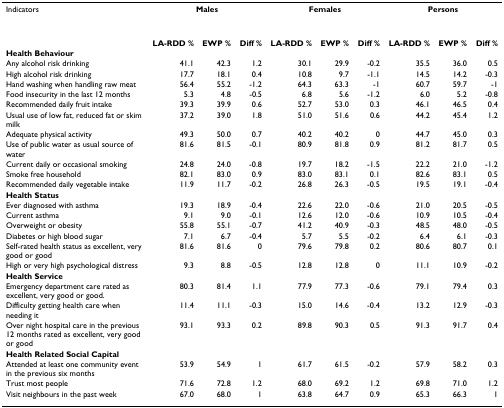
<table><thead><tr><td><b>Indicators</b></td><td colspan="3"><b>Males</b></td><td colspan="3"><b>Females</b></td><td colspan="3"><b>Persons</b></td></tr></thead><tbody><tr><td></td><td><b>LA-RDD %</b></td><td><b>EWP %</b></td><td><b>Diff %</b></td><td><b>LA-RDD %</b></td><td><b>EWP %</b></td><td><b>Diff %</b></td><td><b>LA-RDD %</b></td><td><b>EWP %</b></td><td><b>Diff %</b></td></tr><tr><td colspan="10"><b>Health Behaviour</b></td></tr><tr><td>Any alcohol risk drinking</td><td>41.1</td><td>42.3</td><td>1.2</td><td>30.1</td><td>29.9</td><td>-0.2</td><td>35.5</td><td>36.0</td><td>0.5</td></tr><tr><td>High alcohol risk drinking</td><td>17.7</td><td>18.1</td><td>0.4</td><td>10.8</td><td>9.7</td><td>-1.1</td><td>14.5</td><td>14.2</td><td>-0.3</td></tr><tr><td>Hand washing when handling raw meat</td><td>56.4</td><td>55.2</td><td>-1.2</td><td>64.3</td><td>63.3</td><td>-1</td><td>60.7</td><td>59.7</td><td>-1</td></tr><tr><td>Food insecurity in the last 12 months</td><td>5.3</td><td>4.8</td><td>-0.5</td><td>6.8</td><td>5.6</td><td>-1.2</td><td>6.0</td><td>5.2</td><td>-0.8</td></tr><tr><td>Recommended daily fruit intake</td><td>39.3</td><td>39.9</td><td>0.6</td><td>52.7</td><td>53.0</td><td>0.3</td><td>46.1</td><td>46.5</td><td>0.4</td></tr><tr><td>Usual use of low fat, reduced fat or skim milk</td><td>37.2</td><td>39.0</td><td>1.8</td><td>51.0</td><td>51.6</td><td>0.6</td><td>44.2</td><td>45.4</td><td>1.2</td></tr><tr><td>Adequate physical activity</td><td>49.3</td><td>50.0</td><td>0.7</td><td>40.2</td><td>40.2</td><td>0</td><td>44.7</td><td>45.0</td><td>0.3</td></tr><tr><td>Use of public water as usual source of water</td><td>81.6</td><td>81.5</td><td>-0.1</td><td>80.9</td><td>81.8</td><td>0.9</td><td>81.2</td><td>81.7</td><td>0.5</td></tr><tr><td>Current daily or occasional smoking</td><td>24.8</td><td>24.0</td><td>-0.8</td><td>19.7</td><td>18.2</td><td>-1.5</td><td>22.2</td><td>21.0</td><td>-1.2</td></tr><tr><td>Smoke free household</td><td>82.1</td><td>83.0</td><td>0.9</td><td>83.0</td><td>83.1</td><td>0.1</td><td>82.6</td><td>83.1</td><td>0.5</td></tr><tr><td>Recommended daily vegetable intake</td><td>11.9</td><td>11.7</td><td>-0.2</td><td>26.8</td><td>26.3</td><td>-0.5</td><td>19.5</td><td>19.1</td><td>-0.4</td></tr><tr><td colspan="10"><b>Health Status</b></td></tr><tr><td>Ever diagnosed with asthma</td><td>19.3</td><td>18.9</td><td>-0.4</td><td>22.6</td><td>22.0</td><td>-0.6</td><td>21.0</td><td>20.5</td><td>-0.5</td></tr><tr><td>Current asthma</td><td>9.1</td><td>9.0</td><td>-0.1</td><td>12.6</td><td>12.0</td><td>-0.6</td><td>10.9</td><td>10.5</td><td>-0.4</td></tr><tr><td>Overweight or obesity</td><td>55.8</td><td>55.1</td><td>-0.7</td><td>41.2</td><td>40.9</td><td>-0.3</td><td>48.5</td><td>48.0</td><td>-0.5</td></tr><tr><td>Diabetes or high blood sugar</td><td>7.1</td><td>6.7</td><td>-0.4</td><td>5.7</td><td>5.5</td><td>-0.2</td><td>6.4</td><td>6.1</td><td>-0.3</td></tr><tr><td>Self-rated health status as excellent, very good or good</td><td>81.6</td><td>81.6</td><td>0</td><td>79.6</td><td>79.8</td><td>0.2</td><td>80.6</td><td>80.7</td><td>0.1</td></tr><tr><td>High or very high psychological distress</td><td>9.3</td><td>8.8</td><td>-0.5</td><td>12.8</td><td>12.8</td><td>0</td><td>11.1</td><td>10.9</td><td>-0.2</td></tr><tr><td colspan="10"><b>Health Service</b></td></tr><tr><td>Emergency department care rated as excellent, very good or good.</td><td>80.3</td><td>81.4</td><td>1.1</td><td>77.9</td><td>77.3</td><td>-0.6</td><td>79.1</td><td>79.4</td><td>0.3</td></tr><tr><td>Difficulty getting health care when needing it</td><td>11.4</td><td>11.1</td><td>-0.3</td><td>15.0</td><td>14.6</td><td>-0.4</td><td>13.2</td><td>12.9</td><td>-0.3</td></tr><tr><td>Over night hospital care in the previous 12 months rated as excellent, very good or good</td><td>93.1</td><td>93.3</td><td>0.2</td><td>89.8</td><td>90.3</td><td>0.5</td><td>91.3</td><td>91.7</td><td>0.4</td></tr><tr><td colspan="10"><b>Health Related Social Capital</b></td></tr><tr><td>Attended at least one community event in the previous six months</td><td>53.9</td><td>54.9</td><td>1</td><td>61.7</td><td>61.5</td><td>-0.2</td><td>57.9</td><td>58.2</td><td>0.3</td></tr><tr><td>Trust most people</td><td>71.6</td><td>72.8</td><td>1.2</td><td>68.0</td><td>69.2</td><td>1.2</td><td>69.8</td><td>71.0</td><td>1.2</td></tr><tr><td>Visit neighbours in the past week</td><td>67.0</td><td>68.0</td><td>1</td><td>63.8</td><td>64.7</td><td>0.9</td><td>65.3</td><td>66.3</td><td>1</td></tr></tbody></table>